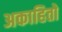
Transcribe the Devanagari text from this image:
अकाहितो